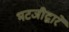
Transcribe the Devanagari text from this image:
भटजीद्वारे